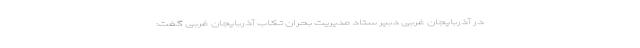
در آذربایجان غربی دبیر ستاد مدیریت بحران تکاب آذربایجان غربی گفت: